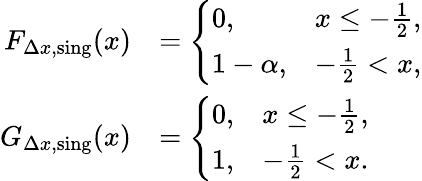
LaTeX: \begin{array}{rl}{F_{\Delta x,\mathrm{sing}}(x)}&{=\left\{ \begin{array}{ll}{0,}&{x\leq-\frac{1}{2},}\\ {1-\alpha,}&{-\frac{1}{2}<x,}\end{array}\right.}\\ {G_{\Delta x,\mathrm{sing}}(x)}&{=\left\{ \begin{array}{ll}{0,}&{x\leq-\frac{1}{2},}\\ {1,}&{-\frac{1}{2}<x.}\end{array}\right.}\end{array}